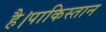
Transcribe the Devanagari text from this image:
है।पाकिस्तान